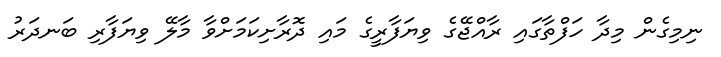
ނިމިގެން މިދާ ހަފްތާގައި ރާއްޖޭގެ ވިޔަފާރީގެ މައި ދޮރާށިކަމަށްވާ މާލޭ ވިޔަފާރި ބަނދަރު